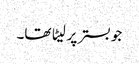
جو بستر پر لیٹا تھا۔